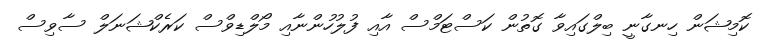
ކޮމިޝަން ހިނގާނީ ބިލްގައިވާ ގޮތުން ކަސްޓަމްސް އާއި ފުލުހުންނާއި މޯލްޑިވްސް ކަރެކްޝަނަލް ސާވިސް